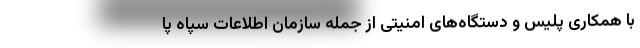
با همکاری پلیس و دستگاه‌های امنیتی از جمله سازمان اطلاعات سپاه پا